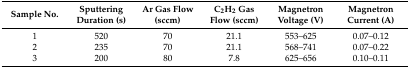
<table><thead><tr><td><b>Sample No.</b></td><td><b>Sputtering Duration (s)</b></td><td><b>Ar Gas Flow (sccm)</b></td><td><b>C<sub>2</sub>H<sub>2</sub> Gas Flow (sccm)</b></td><td><b>Magnetron Voltage (V)</b></td><td><b>Magnetron Current (A)</b></td></tr></thead><tbody><tr><td>1</td><td>520</td><td>70</td><td>21.1</td><td>553–625</td><td>0.07–0.12</td></tr><tr><td>2</td><td>235</td><td>70</td><td>21.1</td><td>568–741</td><td>0.07–0.22</td></tr><tr><td>3</td><td>200</td><td>80</td><td>7.8</td><td>625–656</td><td>0.10–0.11</td></tr></tbody></table>